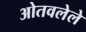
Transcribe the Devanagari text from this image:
ओतवलेले